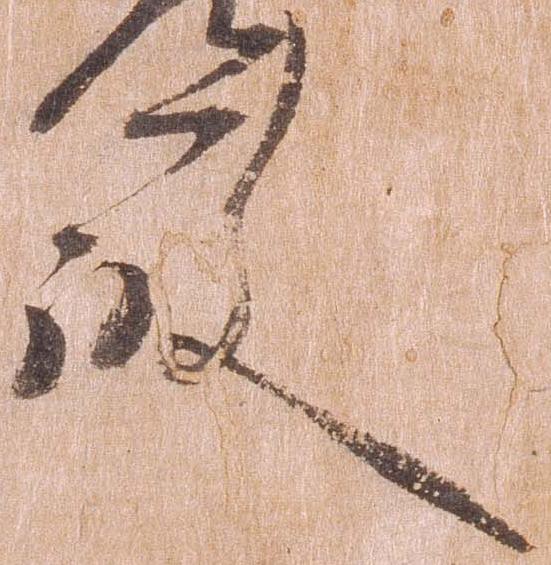
殿